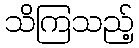
သိကြသည့်